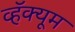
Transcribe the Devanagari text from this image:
व्हॅक्यूम